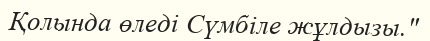
Қолында өледі Сүмбіле жұлдызы."